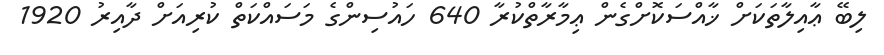
ލިބޭ ޢާއިލާތަކަށް ޚާއްސަކޮށްގެން ޢިމާރާތްކުރާ 640 ހައުސިންގެ މަސައްކަތް ކުރިއަށް ދާއިރު 1920